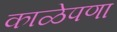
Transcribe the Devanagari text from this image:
काळेपणा